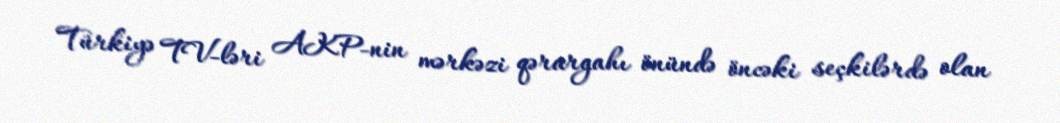
Türkiyə TV-ləri AKP-nin mərkəzi qərargahı önündə öncəki seçkilərdə olan